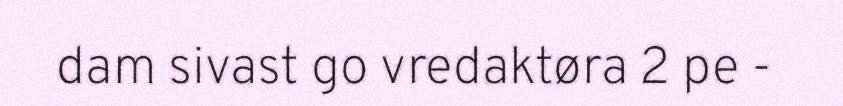
dam sivast go vredaktøra 2 pe -